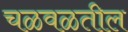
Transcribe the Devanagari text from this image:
चळवळतील